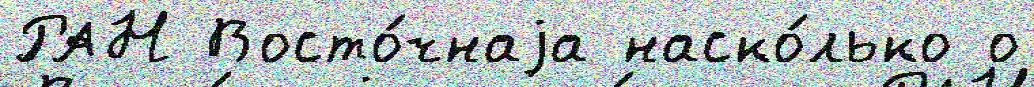
РАН Восто́чнаjа наско́лько о